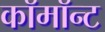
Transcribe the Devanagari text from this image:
कॉमॉन्ट